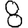
Digit: 8